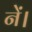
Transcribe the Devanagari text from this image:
नें।